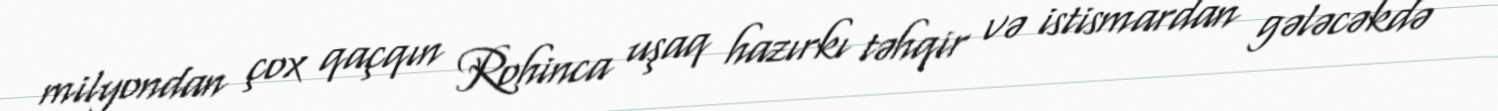
milyondan çox qaçqın Rohinca uşaq hazırkı təhqir və istismardan gələcəkdə